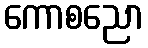
ကောစညော